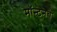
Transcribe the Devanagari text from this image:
मॉन्टेनचे